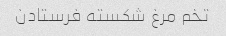
تخم مرغ شکسته فرستادن